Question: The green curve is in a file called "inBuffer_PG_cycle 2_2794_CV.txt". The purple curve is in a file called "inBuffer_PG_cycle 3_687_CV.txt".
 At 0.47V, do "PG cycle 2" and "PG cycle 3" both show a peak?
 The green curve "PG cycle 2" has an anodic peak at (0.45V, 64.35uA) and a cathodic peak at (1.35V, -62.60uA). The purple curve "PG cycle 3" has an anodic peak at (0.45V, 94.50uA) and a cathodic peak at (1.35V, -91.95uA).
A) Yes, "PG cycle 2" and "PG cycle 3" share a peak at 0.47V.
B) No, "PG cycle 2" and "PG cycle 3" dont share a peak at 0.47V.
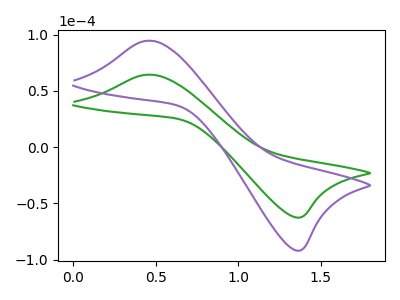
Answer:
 <answer>A) Yes, "PG cycle 2" and "PG cycle 3" share a peak at 0.47V.</answer>
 <eval>A</eval>